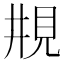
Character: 𠄺